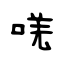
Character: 唴